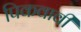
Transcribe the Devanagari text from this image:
पिकवावी